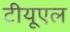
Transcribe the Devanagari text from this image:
टीयूएल